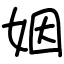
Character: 姻